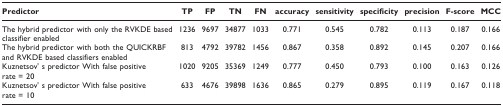
| Predictor | TP | FP | TN | FN | accuracy | sensitivity | specificity | precision | F-score | MCC |
 | --- | --- | --- | --- | --- | --- | --- | --- | --- | --- | --- |
 | The hybrid predictor with only the RVKDE based classifier enabled | 1236 | 9697 | 34877 | 1033 | 0.771 | 0.545 | 0.782 | 0.113 | 0.187 | 0.166 |
 | The hybrid predictor with both the QUICKRBF and RVKDE based classifiers enabled | 813 | 4792 | 39782 | 1456 | 0.867 | 0.358 | 0.892 | 0.145 | 0.207 | 0.166 |
 | Kuznetsov' s predictor With false positive rate = 20 | 1020 | 9205 | 35369 | 1249 | 0.777 | 0.450 | 0.793 | 0.100 | 0.163 | 0.126 |
 | Kuznetsov' s predictor With false positive rate = 10 | 633 | 4676 | 39898 | 1636 | 0.865 | 0.279 | 0.895 | 0.119 | 0.167 | 0.118 |